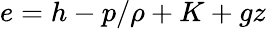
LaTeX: e=h-p/\rho+K+gz